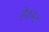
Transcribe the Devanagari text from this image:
हेक्स्ट